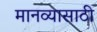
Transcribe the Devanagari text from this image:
मानव्यासाठी